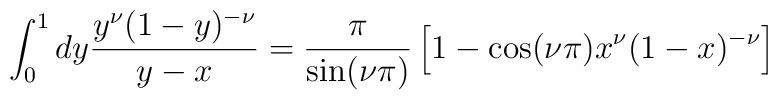
\int_0^1 dy \frac{y^\nu (1-y)^{-\nu}}{y-x}=\frac{\pi}{\sin (\nu \pi)}\left[ 1 - \cos (\nu \pi)x^\nu (1-x)^{-\nu}\right]